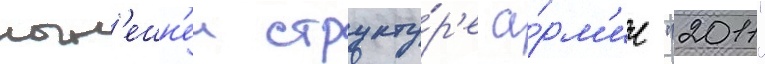
нын'ешн'еи структу́р'е а́рм'ии "2011"